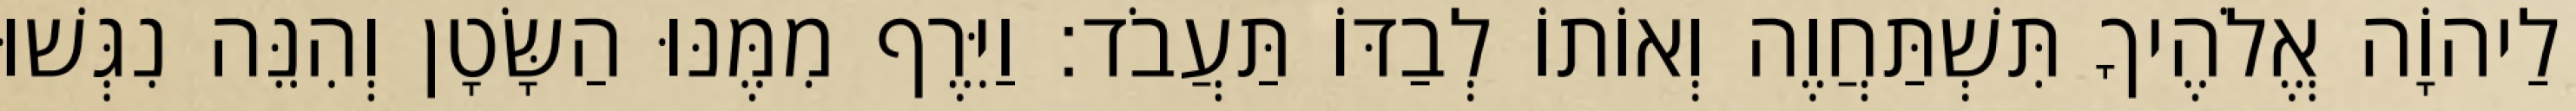
לַיהוָֹה אֱלֹהֶיךָ תִּשְׁתַּחֲוֶה וְאוֹתוֹ לְבַדּוֹ תַּעֲבֹד׃ וַיִּרֶף מִמֶּנּוּ הַשָּׂטָן וְהִנֵּה נִגְּשׁוּ